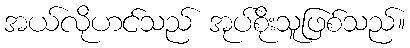
အယ်လိုဟင်သည် အုပ်စိုးသူဖြစ်သည်။